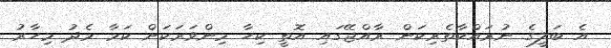
އެ ބަލީގެ ނުރައްކާތެރިކަން ރާއްޖޭގައި އޮތީ ކިހާ މިންވަރަކަށް ކަމާ މެދު މިހާރު